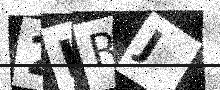
Text: 2LRJ